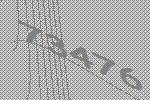
73476